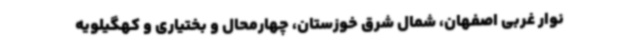
نوار غربی اصفهان، شمال شرق خوزستان، چهارمحال و بختیاری و کهگیلویه